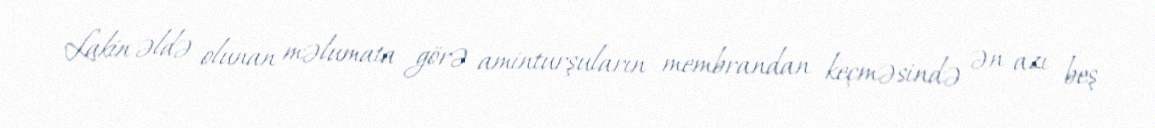
Lakin əldə olunan məlumata görə aminturşuların membrandan keçməsində ən azı beş